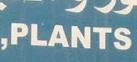
plants